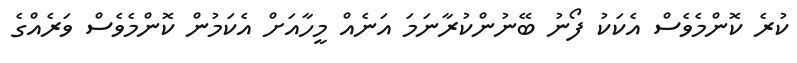
ކުރެ ކޮންމެވެސް އެކަކު ފޯނު ބޭނުންކުރާނަމަ އަނެއް މީހާއަށް އެކަމުން ކޮންމެވެސް ވަރެއްގެ